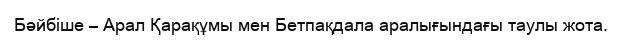
Бәйбіше – Арал Қарақұмы мен Бетпақдала аралығындағы таулы жота.